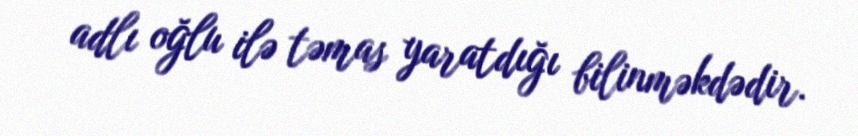
adlı oğlu ilə təmas yaratdığı bilinməkdədir.